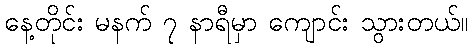
နေ့တိုင်း မနက် ၇ နာရီမှာ ကျောင်း သွားတယ်။